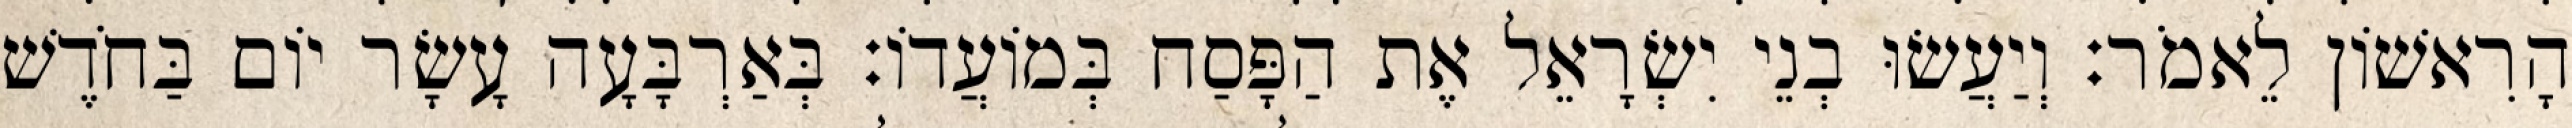
הָרִאשׁוֹן לֵאמֹר׃ וְיַעֲשׂוּ בְנֵי יִשְׂרָאֵל אֶת הַפָּסַח בְּמוֹעֲדוֹ׃ בְּאַרְבָּעָה עָשָׂר יוֹם בַּחֹדֶשׁ